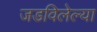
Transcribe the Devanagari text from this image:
जडविलेल्या